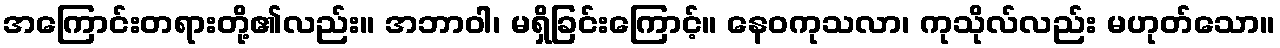
အကြောင်းတရားတို့၏လည်း။ အဘာဝါ၊ မရှိခြင်းကြောင့်။ နေဝကုသလာ၊ ကုသိုလ်လည်း မဟုတ်သော။